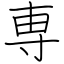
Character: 専